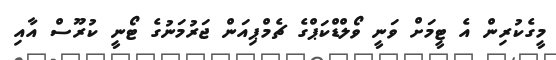
މީގެކުރިން އެ ޓީމަށް ވަނީ ވޯލްޑްކަޕްގެ ޗެމްޕިއަން ޖަރުމަނުގެ ޓޯނީ ކުރޫސް އާއި